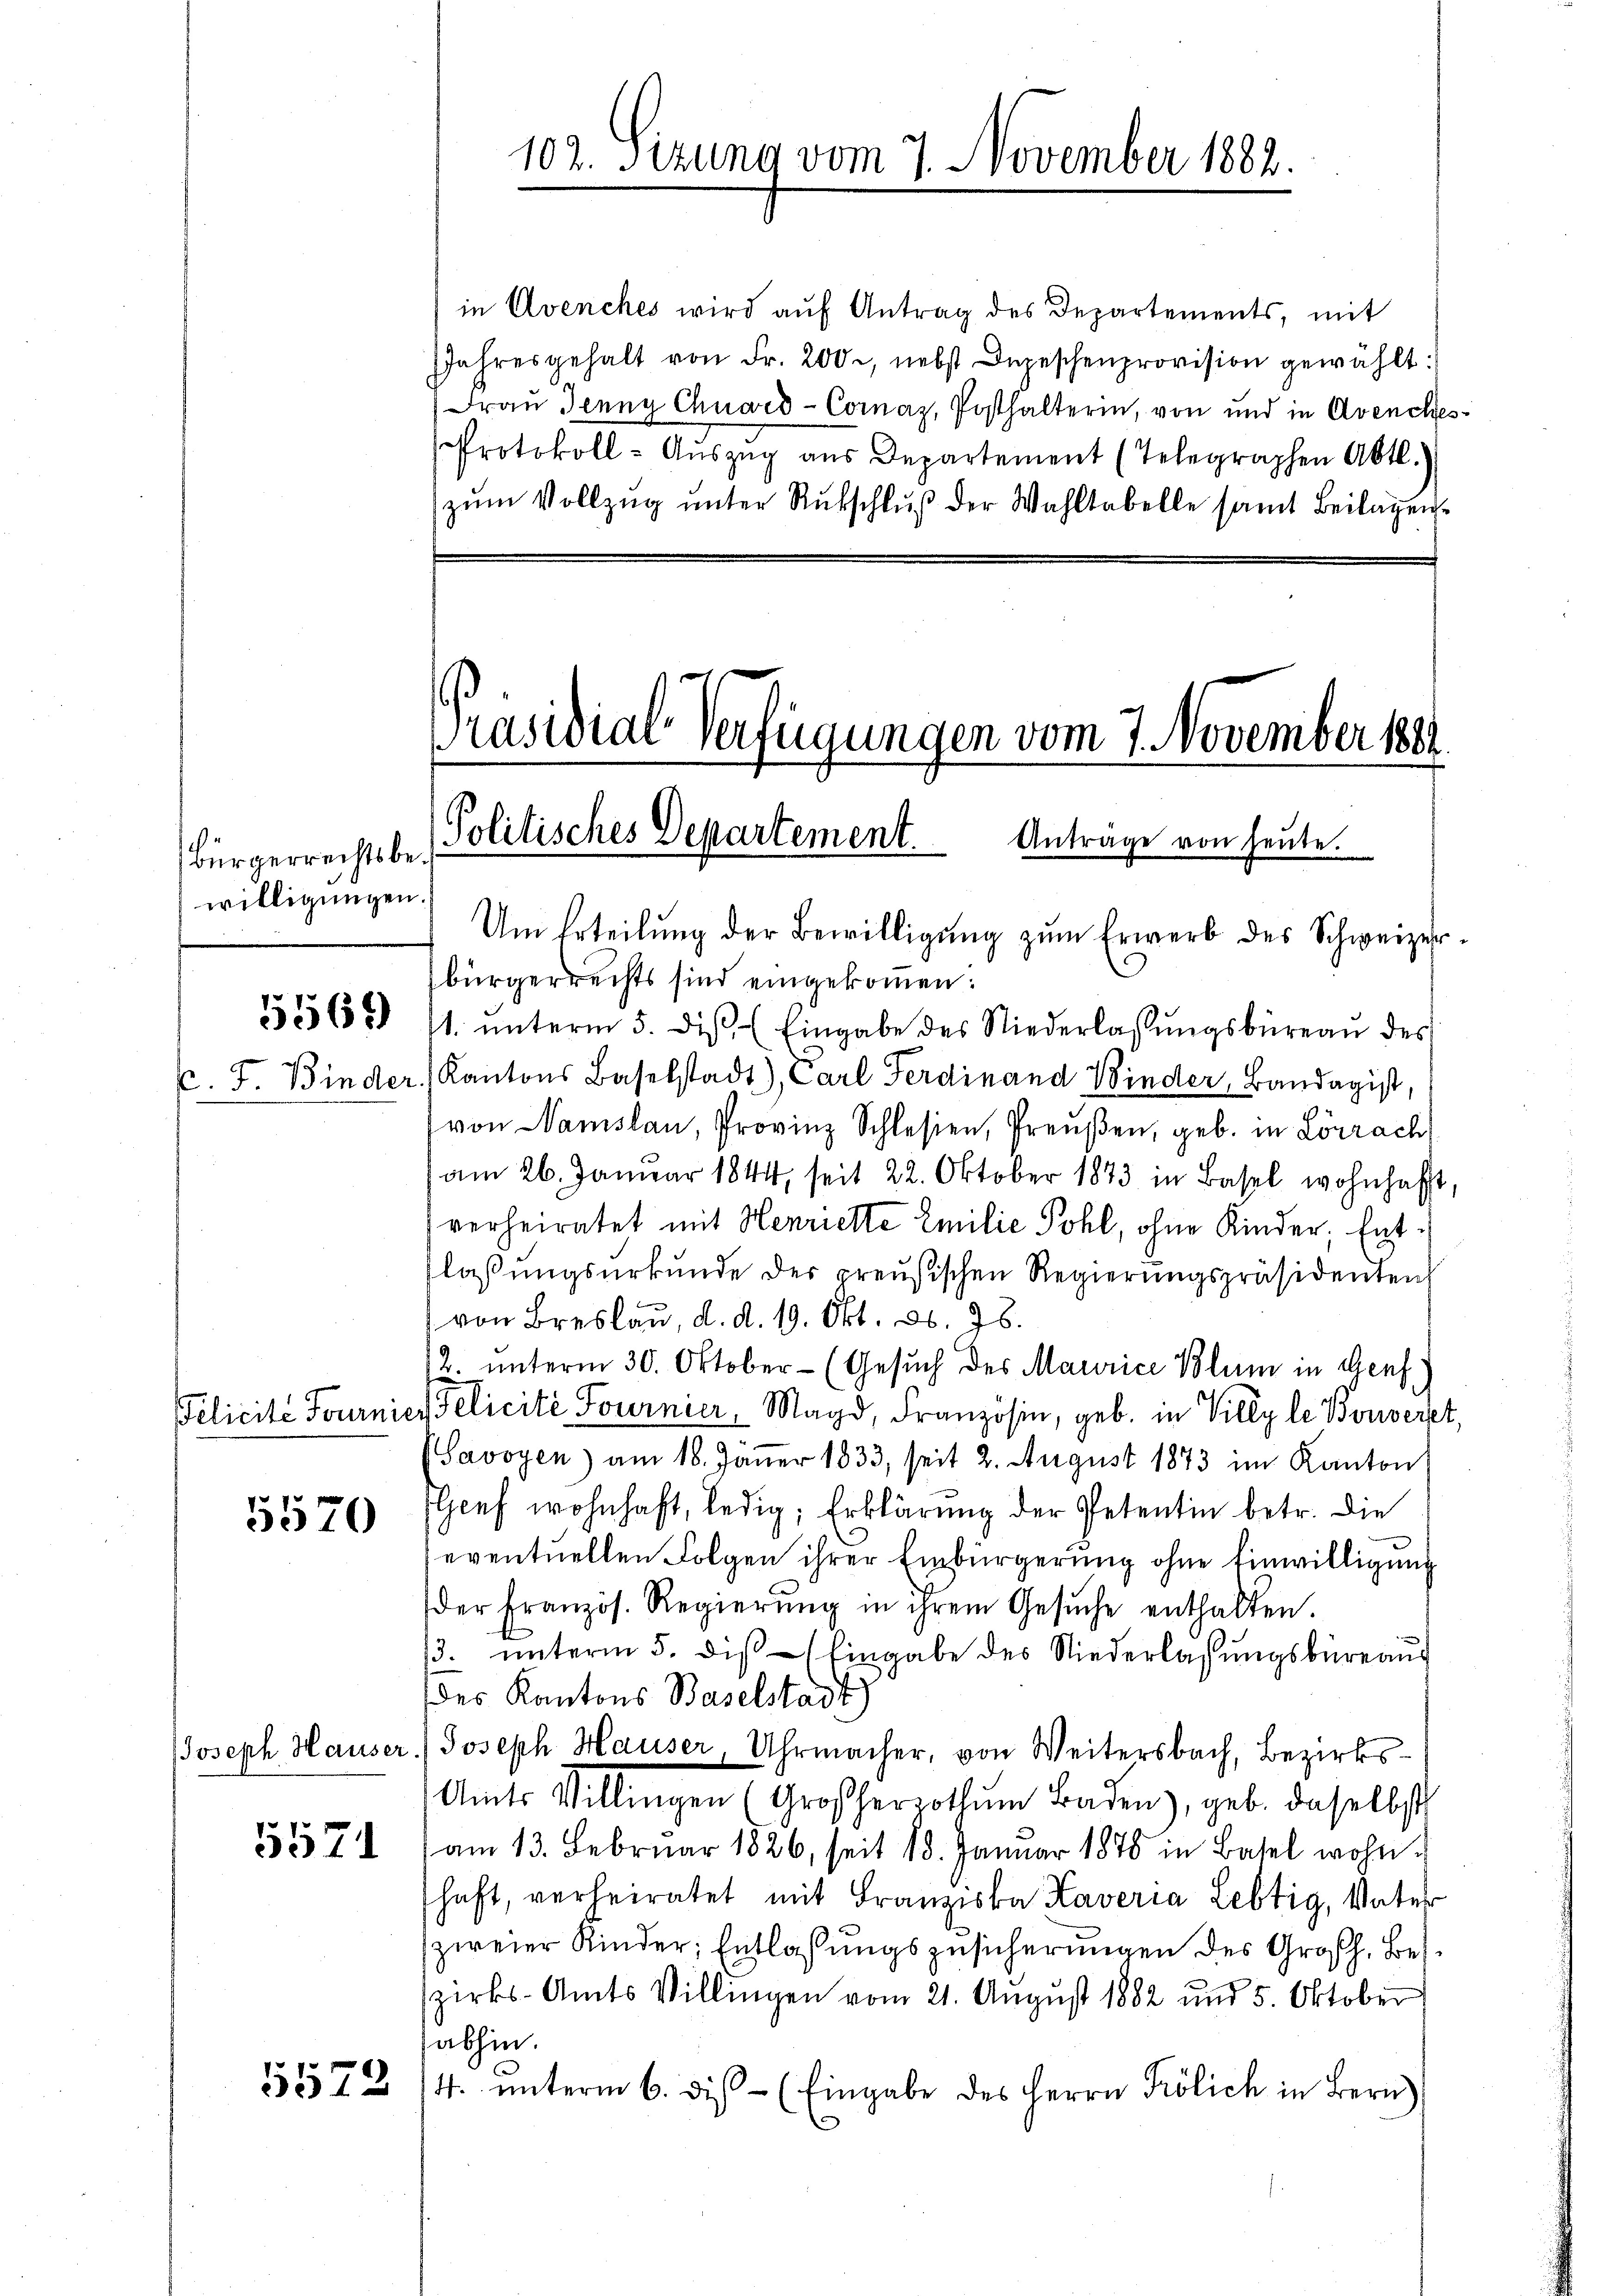
5569

c. F. Binder

5570

Joseph Hauser.

5571

5572

Bürgerrechtsbewilligungen.

Pelicite Fournier

102. Sizung vom 7. November 1882.

in Avenches wird auf Antrag des Departements, mit
Jahresgehalt von Fr. 200, nebst Depeschenprovision gewählt:
Frau Jenny Chuord-Comaz, Posthalterin, von und in Avenches
Protokoll- Aŭszŭg aŭs Departement (Telegraphen Abt.
zŭm Vollzŭg ŭnter Rutschluß der Wahltabelle samt Beilagen

Präsidial-Verfügungen vom 7. November 1881
Politisches Departement. Antrage von heute.

Um Erteilung der Bewilligung zum Erwerb des Schweizerbürgerrechts sind eingekommen:
1. ŭnterm 5. diβ Eingabe des Niederlassŭngsbüreaŭ des
Kantons Baselstadt), Carl Ferdinand Binder, Bandagist,
von Namslau, Provinz Schlesien, Preußen, geb. in Lörrach
 am 26. Januar 1844, seit 22. Oktober 1873 in Basel wohnhaft
verheiratet mit Henriette Emilie Pohl, ohne Kinder, Entlaßungsurkunde der preußischen Regierŭngspräsidenten,
von Breslau, d. d. 19. Okt. 86. 78.
2. unterm 30. Oktober - (Gesuch des Maurice Plum in Genf
elicité Fournier, Magd, Französin, geb. in Villy le Bouveret,
Savoyen) am 18. Jäṅer 1833, seit 2. August 1873 im Kanton
Gief wohnhaft, ledig, Erklärung der Petentin betr. die
eventuellen Folgen ihrer Einbürgerung ohne Einwilligung
der Französ. Regierŭng in ihrem Gesŭche enthalten.
/3. ŭnterm 5. diβ (Eingabe des Niederlassŭngsbüreaŭs
des Kantons Baselstadt)
Joseph Hauser, Uhrmacher, von Weitersbach, Bezirks¬
Amts Villingen (Großherzothŭm Baden), geb. daselbst
am 13. Februar 1826, seit 18. Januar 1878 in Basel wohn-
haft, verheiratet mit Franziska Kaveria Lebtig, Vater
zweier Kinder, Entlassungszusicherungen des Großh. Beszirks-Amts Villingen vom 21. August 1882 und 5. Oktober
abhin.
14. ŭnterm 6. dis- (Eingabe des Herrn Frölich in Bern)